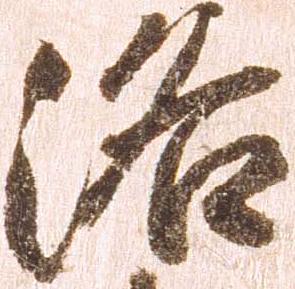
洛